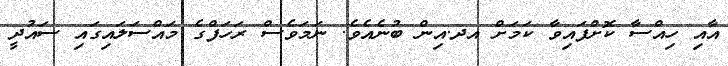
އާއި ހިއްސާ ކޮށްފައިވާ ކަމަށް އދ.އިން ބުނެއެވެ. ނަމަވެސް ރަހަފްގެ މައްސަލައިގައި ސައުދީ